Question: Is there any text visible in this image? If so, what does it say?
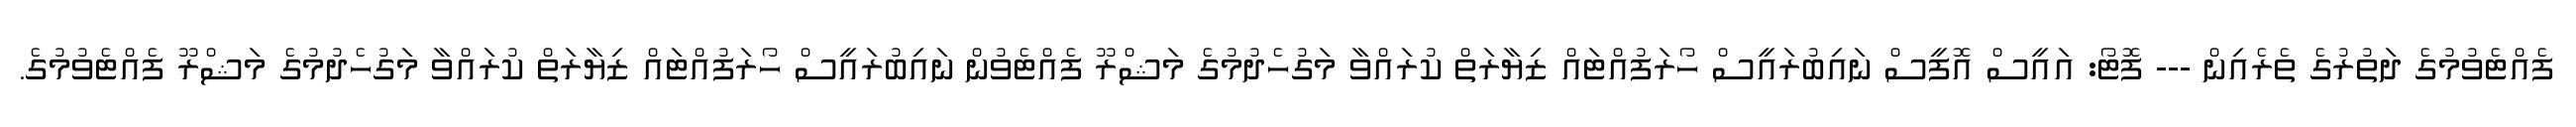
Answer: ފެއްޓެވުމުގެ ދަތުރުގެ ތެރެއިން --- ފޮޓޯ: އައީސް އޮފީސް ނައިބުރައީސް ހޯރަފުއްޓައް ޒިޔާރަތް ކުރައްވާ މަގުހެދުމުގެ މަޝްރޫ ފެއްޓެވުން ނައިބުރައީސް ހޯރަފުއްޓައް ޒިޔާރަތް ކުރައްވާ މަގުހެދުމުގެ މަޝްރޫ ފެއްޓެވުމުގެ.